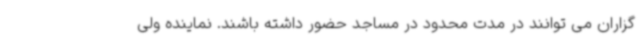
گزاران می توانند در مدت محدود در مساجد حضور داشته باشند. نماینده ولی